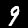
Digit: 9